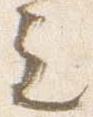
之